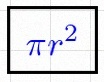
\pi r^2